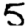
Digit: 5